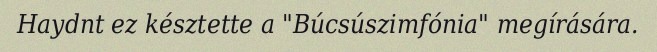
Haydnt ez késztette a "Búcsúszimfónia" megírására.